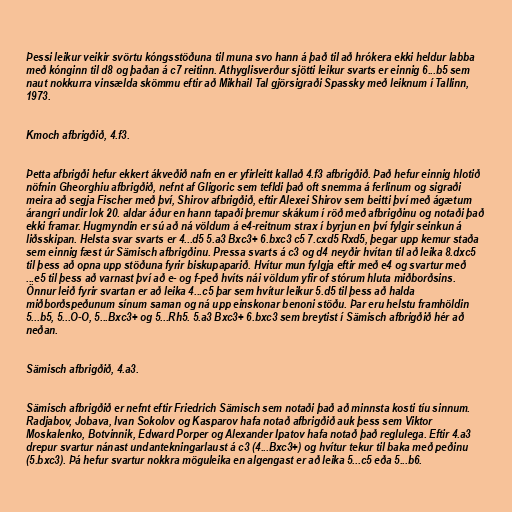
Þessi leikur veikir svörtu kóngsstöðuna til muna svo hann á það til að hrókera ekki heldur labba
með kónginn til d8 og þaðan á c7 reitinn. Athyglisverður sjötti leikur svarts er einnig 6...b5 sem
naut nokkurra vinsælda skömmu eftir að Mikhail Tal gjörsigraði Spassky með leiknum í Tallinn,
1973.

Kmoch afbrigðið, 4.f3.

Þetta afbrigði hefur ekkert ákveðið nafn en er yfirleitt kallað 4.f3 afbrigðið. Það hefur einnig hlotið
nöfnin Gheorghiu afbrigðið, nefnt af Gligoric sem tefldi það oft snemma á ferlinum og sigraði
meira að segja Fischer með því, Shirov afbrigðið, eftir Alexei Shirov sem beitti því með ágætum
árangri undir lok 20. aldar áður en hann tapaði þremur skákum í röð með afbrigðinu og notaði það
ekki framar. Hugmyndin er sú að ná völdum á e4-reitnum strax í byrjun en því fylgir seinkun á
liðsskipan. Helsta svar svarts er 4...d5 5.a3 Bxc3+ 6.bxc3 c5 7.cxd5 Rxd5, þegar upp kemur staða
sem einnig fæst úr Sämisch afbrigðinu. Pressa svarts á c3 og d4 neyðir hvítan til að leika 8.dxc5
til þess að opna upp stöðuna fyrir biskupaparið. Hvítur mun fylgja eftir með e4 og svartur með
...e5 til þess að varnast því að e- og f-peð hvíts nái völdum yfir of stórum hluta miðborðsins.
Önnur leið fyrir svartan er að leika 4...c5 þar sem hvítur leikur 5.d5 til þess að halda
miðborðspeðunum sínum saman og ná upp einskonar benoni stöðu. Þar eru helstu framhöldin
5...b5, 5...O-O, 5...Bxc3+ og 5...Rh5. 5.a3 Bxc3+ 6.bxc3 sem breytist í Sämisch afbrigðið hér að
neðan.

Sämisch afbrigðið, 4.a3.

Sämisch afbrigðið er nefnt eftir Friedrich Sämisch sem notaði það að minnsta kosti tíu sinnum.
Radjabov, Jobava, Ivan Sokolov og Kasparov hafa notað afbrigðið auk þess sem Viktor
Moskalenko, Botvinnik, Edward Porper og Alexander Ipatov hafa notað það reglulega. Eftir 4.a3
drepur svartur nánast undantekningarlaust á c3 (4...Bxc3+) og hvítur tekur til baka með peðinu
(5.bxc3). Þá hefur svartur nokkra möguleika en algengast er að leika 5...c5 eða 5...b6.